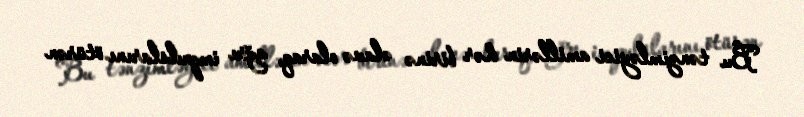
Bu tənzimləyici amillərin hər birinə əlavə olaraq, ağrı impulslarını ötürən